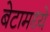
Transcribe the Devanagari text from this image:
बेटामध्ये